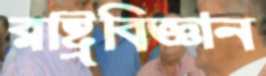
রাষ্ট্রবিজ্ঞান